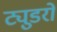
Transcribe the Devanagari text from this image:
ट्युडरों